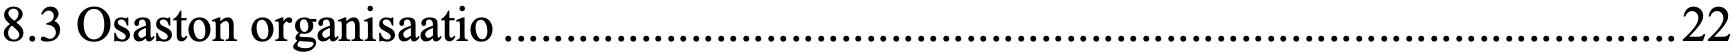
8.3 Osaston organisaatio .............................................................................................. 22